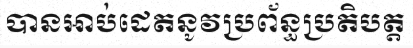
បានអាប់ដេតនូវប្រព័ន្ធប្រតិបត្ត